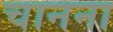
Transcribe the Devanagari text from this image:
चानना